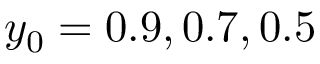
y _ { 0 } = 0 . 9 , 0 . 7 , 0 . 5